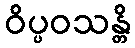
ဝိပ္ပဝသန္တိ